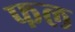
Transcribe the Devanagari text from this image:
फल